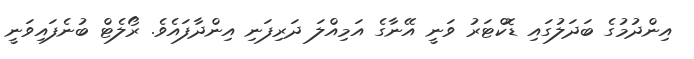
އިންދުމުގެ ބަދަލުގައި ޑޮކްޓަރު ވަނީ އޭނާގެ އަމިއްލަ ދަރިފަނި އިންދާފައެވެ. ރޯލެޓް ބުނެފައިވަނީ